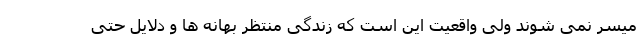
میسر نمی شوند ولی واقعیت این است که زندگی منتظر بهانه ها و دلایل حتی